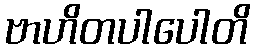
ဗာဟိတပါပေါတိ